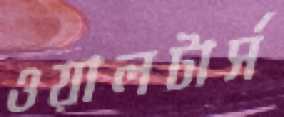
ওয়ালটার্স